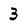
Character: 3